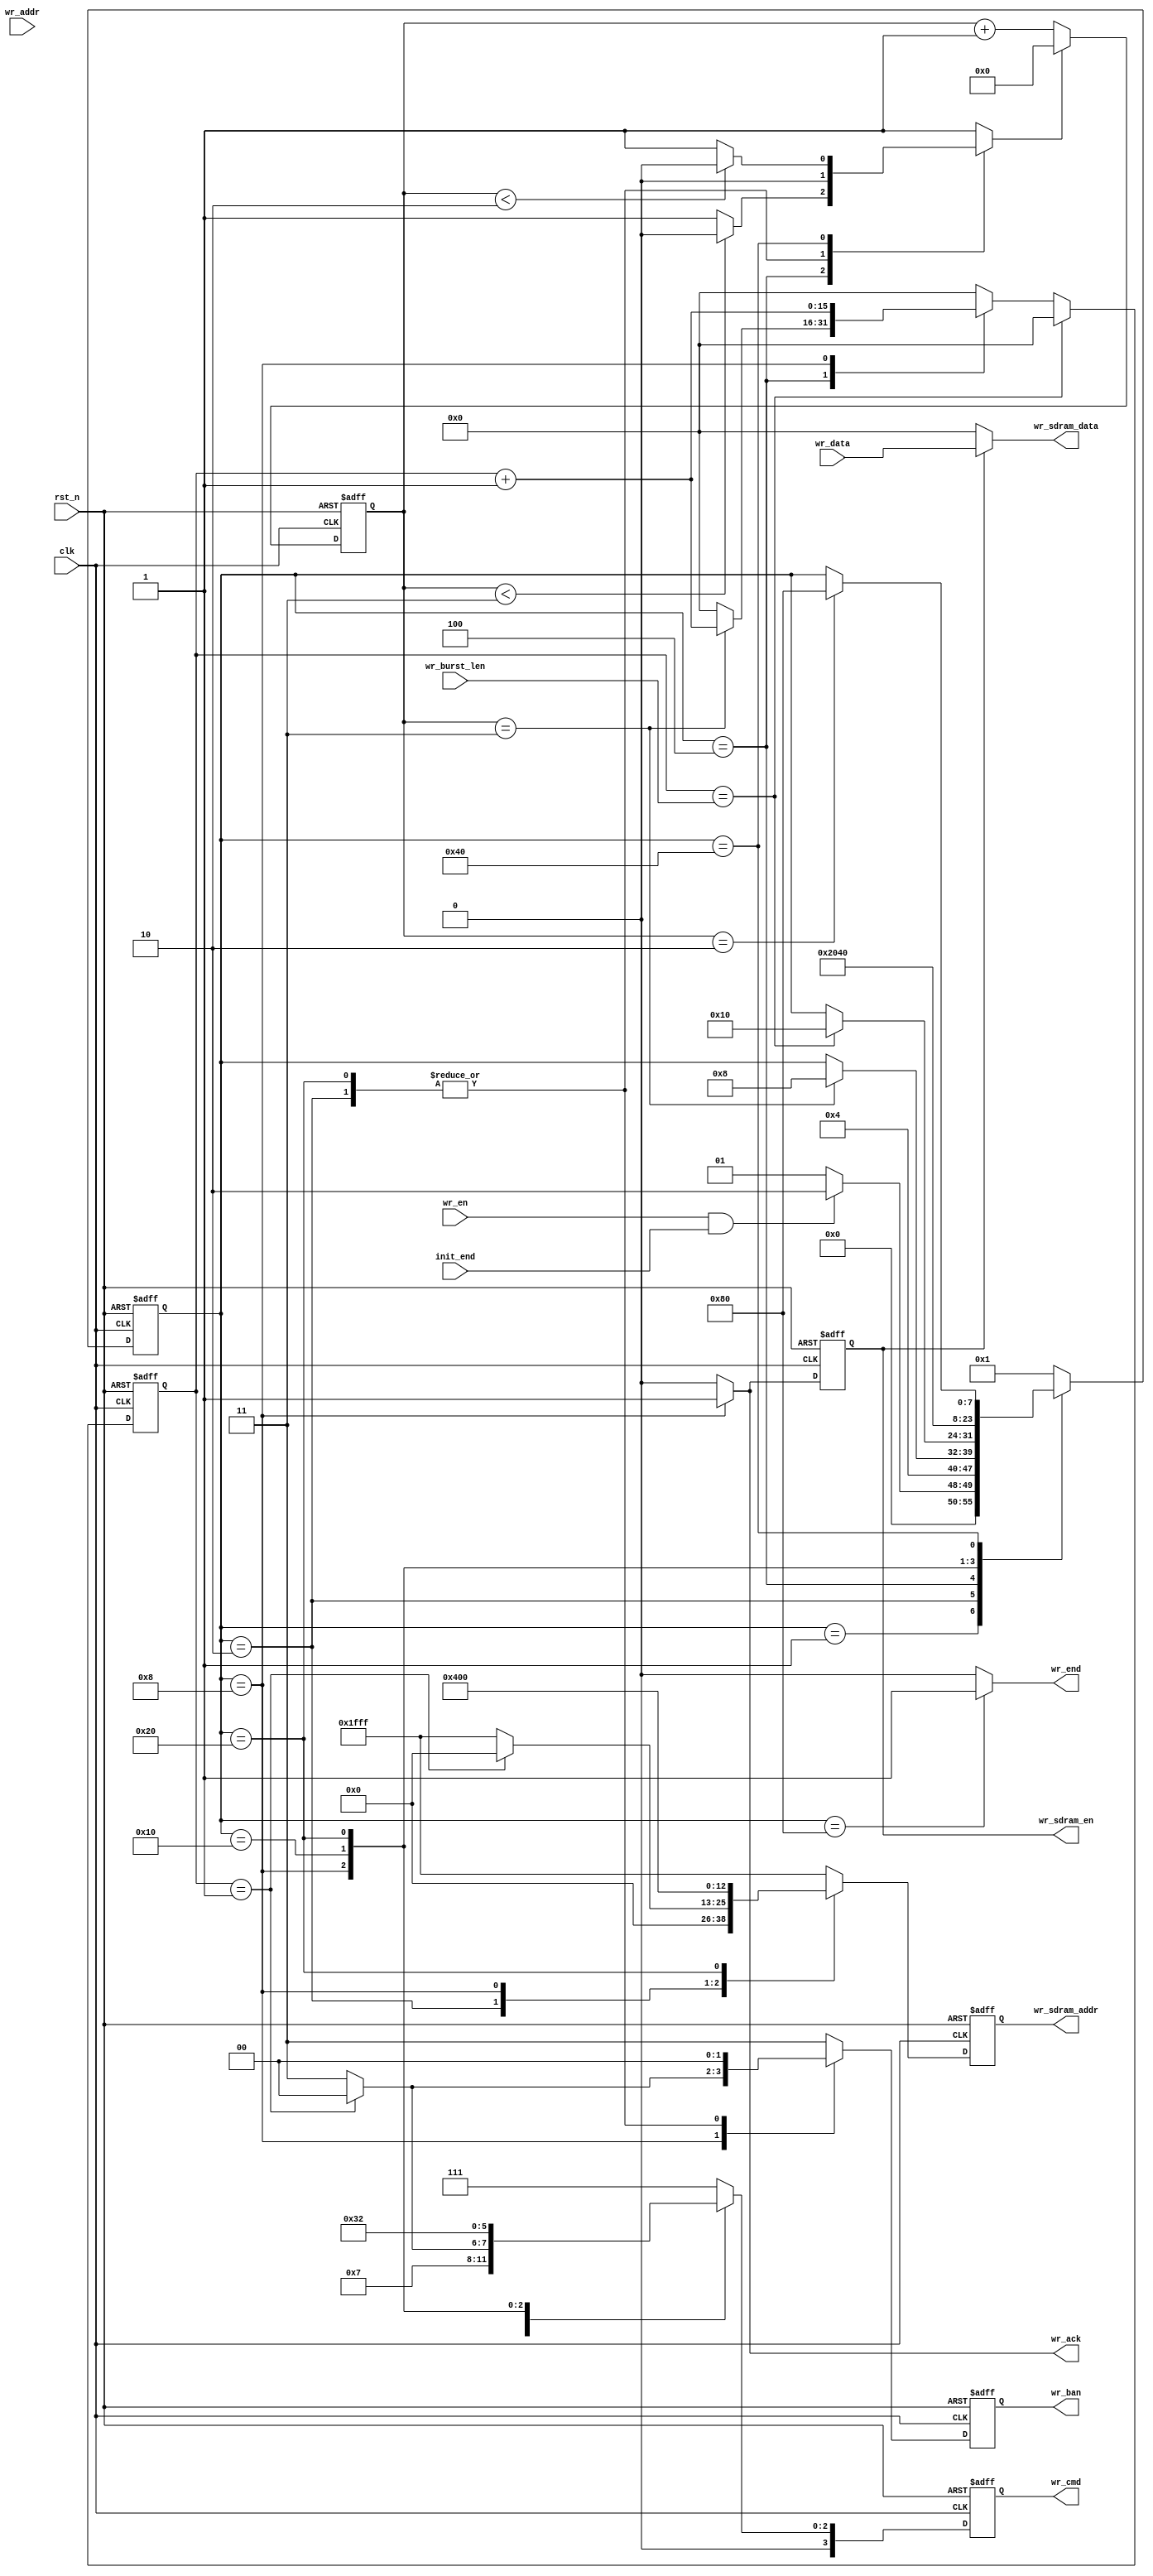
module SDRAM_Write 
#(
	parameter cnt_trcd_max = 4'd3,
	parameter cnt_trp_max = 4'd2
)
(
	input clk,
	input rst_n,
	input init_end,
	input wr_en,
	input [23:0] wr_addr,
	input [15:0] wr_data,
	input [9:0] wr_burst_len,
	output wr_end,
	output reg [3:0] wr_cmd,
	output reg [1:0] wr_ban,
	output reg [12:0] wr_sdram_addr,
	output reg wr_sdram_en,
	output [15:0] wr_sdram_data,
	output wr_ack
);

	//Write
	parameter IDLE = 8'b0000_0001;
	parameter ACTIVE = 8'b0000_0010;
	parameter TRCD = 8'b0000_0100;
	parameter WRITE = 8'b0000_1000;
	parameter TERM = 8'b0001_0000;
	parameter PRE = 8'b0010_0000;
	parameter TRP = 8'b0100_0000;
	parameter END = 8'b1000_0000;

	//Data
	parameter ACTIVE_CMD = 4'b0011;
	parameter NOP_CMD = 4'b0111;
	parameter WRITE_CMD = 4'b0100;
	parameter TERM_CMD = 4'b0110;
	parameter PRE_CMD =  4'b0010;

	reg [7:0] wr_state;
	reg cnt_time_rst;
	reg [3:0] cnt_time;
	reg [15:0] cnt_wr;

	/*wr_state transition logic*/
	always @(posedge clk or negedge rst_n) begin
		if(~rst_n) begin
			wr_state <= IDLE;
		end else begin
			case(wr_state) 
				IDLE : wr_state <= (wr_en && init_end) ? ACTIVE : IDLE;
				ACTIVE : wr_state <= TRCD;
				TRCD : wr_state <= (cnt_time == cnt_trcd_max) ? WRITE : wr_state;
				WRITE : wr_state <= (cnt_wr == wr_burst_len) ? TERM : wr_state;
				TERM : wr_state <= PRE;
				PRE : wr_state <= TRP;
				TRP : wr_state <= (cnt_time == cnt_trp_max) ? END : wr_state;
				END : wr_state <= IDLE;
				default : wr_state <= IDLE;
			endcase
		end
	end

	/*cnt_timetemp*/
	always @(*) begin
		case(wr_state)
			ACTIVE : cnt_time_rst <= 1'd0;
			TRCD : cnt_time_rst <= (cnt_time < cnt_trcd_max) ? 1'd0 : 1'd1;
			PRE : cnt_time_rst <= 1'd0;
			TRP : cnt_time_rst <= (cnt_time < cnt_trp_max) ? 1'd0 : 1'd1;
			default : cnt_time_rst <= 1'd1;
		endcase
	end

	/*temp cnt_timecommand*/
	always @(posedge clk or negedge rst_n) begin
		if(~rst_n) begin
			cnt_time <= 4'd0;
		end else if(cnt_time_rst) begin
			cnt_time <= 4'd0;
		end else begin
			cnt_time <= cnt_time + 4'd1;
		end
	end

	/*cnt_wr*/
	always @(posedge clk or negedge rst_n) begin
		if(~rst_n) begin
			cnt_wr <= 16'd0;
		end else if(cnt_wr == wr_burst_len) begin
			cnt_wr <= 16'd0;
		end else begin
			case(wr_state)
				TRCD : cnt_wr <= (cnt_time == cnt_trcd_max) ? cnt_wr + 16'd1 : 16'd0;
				WRITE : cnt_wr <= cnt_wr + 16'd1;
				default : cnt_wr <= 16'd0;
			endcase
		end
	end

	/*output wr_end*/
	assign wr_end = (wr_state == END) ? 1'd1 : 1'd0;

	/*output wr_cmdcommand*/
	always @(posedge clk or negedge rst_n) begin
		if(~rst_n) begin
			wr_cmd <= NOP_CMD;
		end else begin
			case(wr_state)
				ACTIVE : wr_cmd <= ACTIVE_CMD;
				WRITE : wr_cmd <= (cnt_wr == 16'd1) ? WRITE_CMD : NOP_CMD;
				TERM : wr_cmd <= TERM_CMD;
				PRE : wr_cmd <= PRE_CMD;
				default : wr_cmd <= NOP_CMD;
			endcase
		end
	end

	/*output wr_banAddress*/
	always @(posedge clk or negedge rst_n) begin
		if(~rst_n) begin
			wr_ban <= 2'b11;
		end else begin
			case(wr_state)
				ACTIVE : wr_ban <= 2'b00;
				WRITE : wr_ban <= (cnt_wr == 16'd1) ? 2'b00 : 22'b11;
				PRE : wr_ban <= 2'b00;
				default : wr_ban <= 2'b11;
			endcase
		end
	end

	/*output wr_sdram_addr*/
	always @(posedge clk or negedge rst_n) begin
		if(~rst_n) begin
			wr_sdram_addr <= 13'h1FFF;
		end else begin
			case(wr_state)
				ACTIVE : wr_sdram_addr <= 13'h0000;
				WRITE : wr_sdram_addr <= (cnt_wr == 16'd1) ? 13'h0000 : 13'h1FFF;
				PRE : wr_sdram_addr <= 13'h0400;
				default : wr_sdram_addr <= 13'h1FFF;
			endcase
		end
	end

	/*output wr_sdram_en*/
	always @(posedge clk or negedge rst_n) begin
		if(~rst_n) begin
			wr_sdram_en <= 1'd0;
		end else begin
			wr_sdram_en <= (wr_state == WRITE) ? 1'd1 : 1'd0;
		end
	end

	/*output wr_sdram_data*/
	assign wr_sdram_data = (wr_sdram_en) ? wr_data : 16'd0;


	/*output wr_ack*/
	assign wr_ack = (wr_state == WRITE) ? 1'd1 : 1'd0;

endmodule